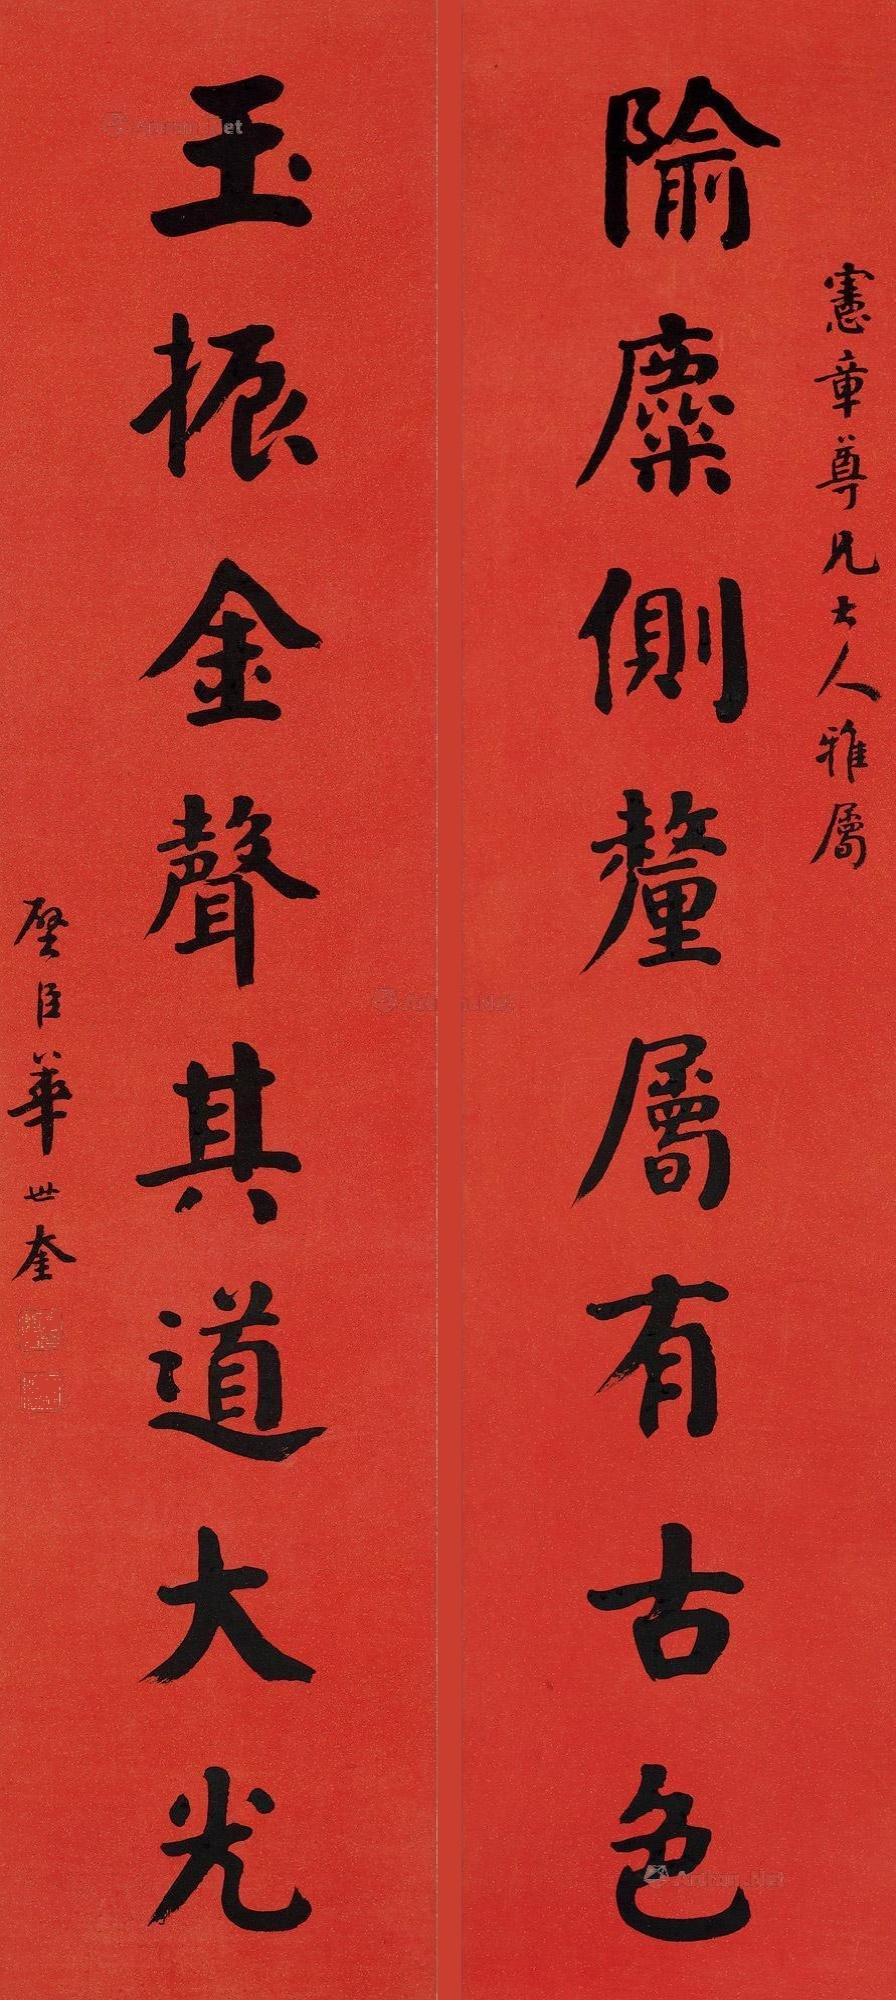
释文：隃麋侧厘属有古色，玉振金声其道大光。宪章尊兄大人雅属，壁臣华世奎。